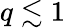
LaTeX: q\lesssim 1